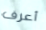
أعرف